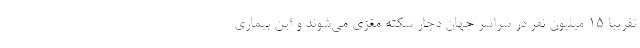
تقریبا ۱۵ میلیون نفر در سراسر جهان دچار سکته مغزی می‌شوند و این بیماری